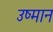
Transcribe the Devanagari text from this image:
उष्मान